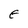
Character: E